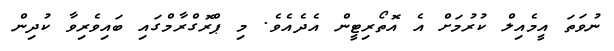
ނުވަތަ އީމެއިލް ކުރުމަށް އެ އޮތޯރިޓީން އެދެއެވެ. މި ޕްރޮގްރާމްގައި ބައިވެރިވާ ކުދިން